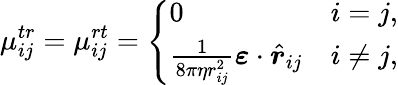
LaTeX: \mu_{ij}^{tr}=\mu_{ij}^{rt}=\left\{ \begin{array}{ll}{0}&{i=j,}\\ {\frac{1}{8\pi\eta r_{ij}^{2}}\boldsymbol{\varepsilon}\cdot\hat{\boldsymbol{r}}_{ij}}&{i\neq j,}\end{array}\right.